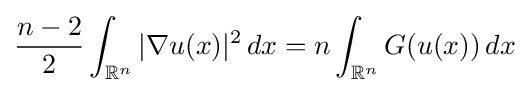
{\frac {n-2}{2}}\int _{\mathbb {R} ^{n}}|\nabla u(x)|^{2}\,dx=n\int _{\mathbb {R} ^{n}}G(u(x))\,dx